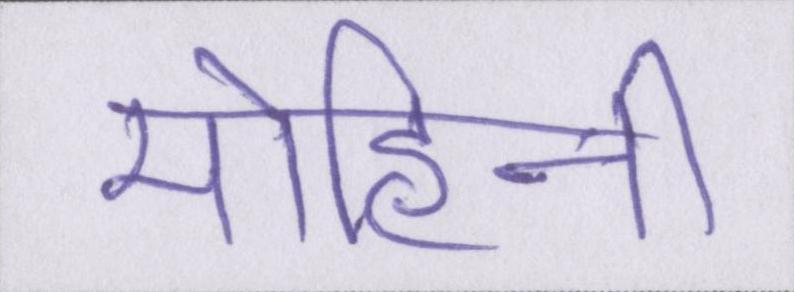
मोहिनी